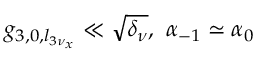
g _ { 3 , 0 , l _ { 3 \nu _ { x } } } \ll \sqrt { \delta _ { \nu } } , \ \alpha _ { - 1 } \simeq \alpha _ { 0 }